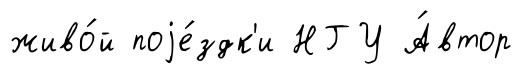
живо́й поjе́здк'и НГУ А́втор